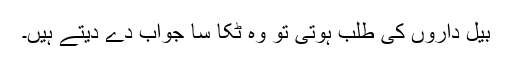
بیل داروں کی طلب ہوتی تو وہ ٹکا سا جواب دے دیتے ہیں۔